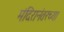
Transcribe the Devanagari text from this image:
मंदिरानंतरच्या